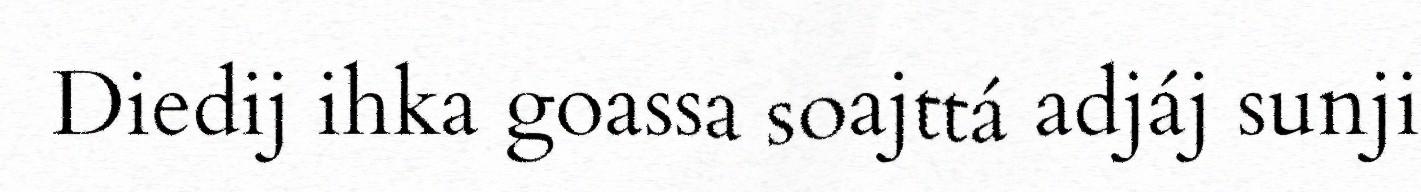
Diedij ihka goassa soajttá adjáj sunji